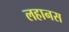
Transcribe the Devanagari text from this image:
लहानस